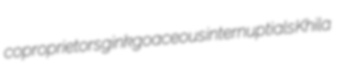
coproprietors ginkgoaceous internuptials Khila